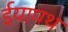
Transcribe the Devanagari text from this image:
ईयापथ